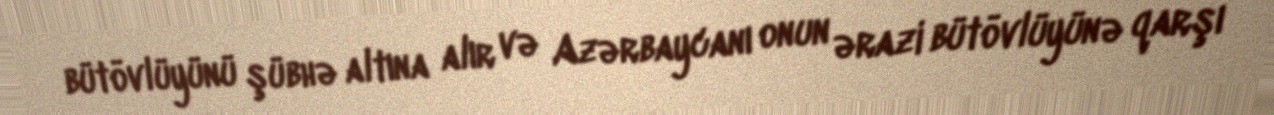
bütövlüyünü şübhə altına alır və Azərbaycanı onun ərazi bütövlüyünə qarşı